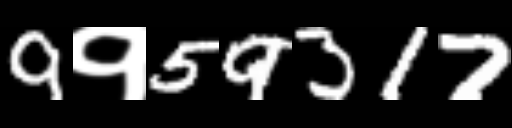
Text: 9१59317